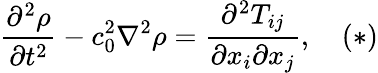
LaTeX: {\frac{\partial^{2}\rho}{\partial t^{2}}}-c_{0}^{2}\nabla^{2}\rho={\frac{\partial^{2}T_{ij}}{\partial x_{i}\partial x_{j}}},\quad(*)